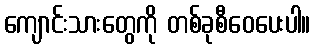
ကျောင်းသားတွေကို တစ်ခုစီဝေပေးပါ။